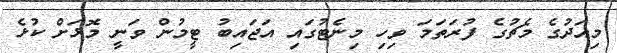
މިއަދުގެ މެޗުގެ ފުރަތަމަ ވިހި މިނެޓުގައި އަޖައިބު ޓީމުން ވަނީ މޮޅަށް ކުޅެ